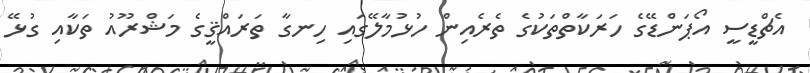
އެޗްޑީސީ އޯޕަންޑޭގެ ހަރަކާތްތަކުގެ ތެރެއިން ހުޅުމާލޭގައި ހިނގާ ތަރައްޤީގެ މަޝްރޫއު ތަކާއި ގުޅޭ